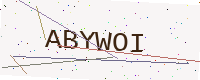
Text: ABYWOI